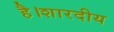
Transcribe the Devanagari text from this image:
है।शारदीय